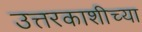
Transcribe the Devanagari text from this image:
उत्तरकाशीच्या